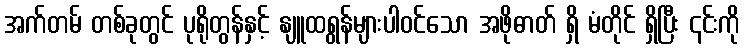
အက်တမ် တစ်ခုတွင် ပုရိုတွန်နှင့် နျူထရွန်များပါဝင်သော အဖိုဓာတ် ရှိ မံတိုင် ရှိပြီး ၎င်းကို